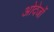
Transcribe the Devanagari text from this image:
ओदेर्जो